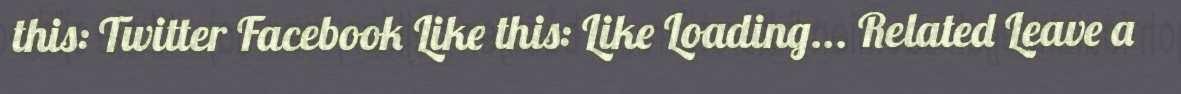
this: Twitter Facebook Like this: Like Loading... Related Leave a